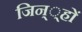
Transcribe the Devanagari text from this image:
जिन््हों